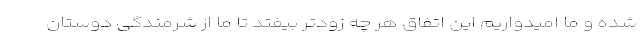
شده و ما امیدواریم این اتفاق هر چه زودتر بیفتد تا ما از شرمندگی دوستان